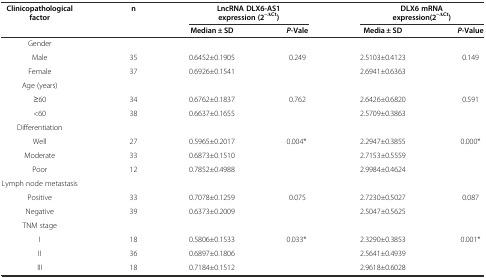
<table><thead><tr><td rowspan="2"><b>Clinicopathological factor</b></td><td rowspan="2"><b>n</b></td><td colspan="2"><b>LncRNA DLX6-AS1expression (2<sup>–ΔCt</sup>)</b></td><td colspan="2"><b>DLX6 mRNAexpression(2<sup>–ΔCt</sup>)</b></td></tr><tr><td><b>Median ± SD</b></td><td><b><i>P-</i>Vale</b></td><td><b>Media ± SD</b></td><td><b><i>P</i>-Value</b></td></tr></thead><tbody><tr><td>Gender</td><td></td><td></td><td></td><td></td><td></td></tr><tr><td>Male</td><td>35</td><td>0.6452±0.1905</td><td>0.249</td><td>2.5103±0.4123</td><td>0.149</td></tr><tr><td>Female</td><td>37</td><td>0.6926±0.1541</td><td></td><td>2.6941±0.6363</td><td></td></tr><tr><td>Age (years)</td><td></td><td></td><td></td><td></td><td></td></tr><tr><td>≥60</td><td>34</td><td>0.6762±0.1837</td><td>0.762</td><td>2.6426<i>±</i>0.6820</td><td>0.591</td></tr><tr><td>&lt;60</td><td>38</td><td>0.6637±0.1655</td><td></td><td>2.5709±0.3863</td><td></td></tr><tr><td>Differentiation</td><td></td><td></td><td></td><td></td><td></td></tr><tr><td>Well</td><td>27</td><td>0.5965±0.2017</td><td rowspan="2">0.004*</td><td>2.2947±0.3855</td><td rowspan="2">0.000*</td></tr><tr><td>Moderate</td><td>33</td><td>0.6873±0.1510</td><td>2.7153<i>±</i>0.5559</td></tr><tr><td>Poor</td><td>12</td><td>0.7852±0.4988</td><td></td><td>2.9984<i>±</i>0.4624</td><td></td></tr><tr><td>Lymph node metastasis</td><td></td><td></td><td></td><td></td><td></td></tr><tr><td>Positive</td><td>33</td><td>0.7078±0.1259</td><td>0.075</td><td>2.7230<i>±</i>0.5027</td><td>0.087</td></tr><tr><td>Negative</td><td>39</td><td>0.6373±0.2009</td><td></td><td>2.5047<i>±</i>0.5625</td><td></td></tr><tr><td>TNM stage</td><td></td><td></td><td></td><td></td><td></td></tr><tr><td>I</td><td>18</td><td>0.5806±0.1533</td><td rowspan="3">0.033*</td><td>2.3290±0.3853</td><td rowspan="3">0.001*</td></tr><tr><td>II</td><td>36</td><td>0.6897±0.1806</td><td>2.5641±0.4939</td></tr><tr><td>III</td><td>18</td><td>0.7184±0.1512</td><td>2.9618±0.6028</td></tr></tbody></table>